Problem: 17 + 18 = ?
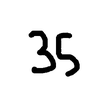
Handwritten answer: 35